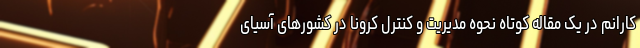
کارانم در یک مقاله کوتاه نحوه مدیریت و کنترل کرونا در کشورهای آسیای